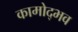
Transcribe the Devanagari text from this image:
कामोद्भव